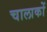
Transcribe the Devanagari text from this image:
चालाकों